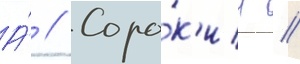
А́ // Соро́к'ин //